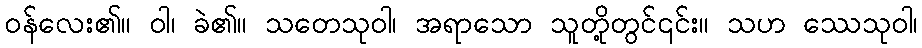
ဝန်လေး၏။ ဝါ၊ ခဲ၏။ သတေသုဝါ၊ အရာသော သူတို့တွင်၎င်း။ သဟ ဿေသုဝါ၊